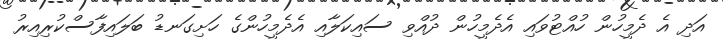
އަދި އެ ދެމީހުން ހުއްޓުވައި އެދެމީހުން ދުއްވި ސައިކަލާއި އެދެމީހުންގެ ހަށިގަނޑު ބަލައިފާސްކުރިއިރު